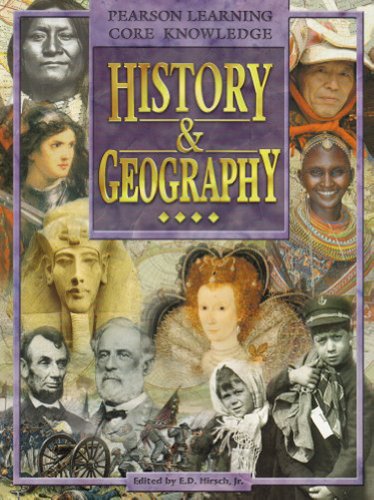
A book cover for ANCIENT CHINA, PUPIL EDITION, GRADE 2 (Core Knowledge); Core Knowledge Programs; Children's Books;